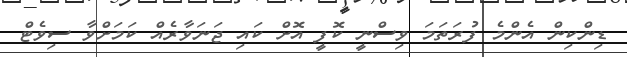
ޑިންކިން އެންމެ ފުރަތަމަ ވިސްނީ ކޮފީ އޮށް ކައި ޖަނަވާރެއް ކަމަށްވާ ސިވެޓް